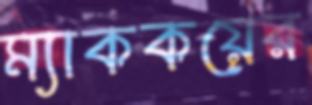
ম্যাককয়ের